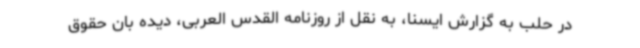
در حلب به گزارش ایسنا، به نقل از روزنامه القدس العربی، دیده بان حقوق